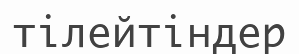
тілейтіндер